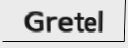
Gretel